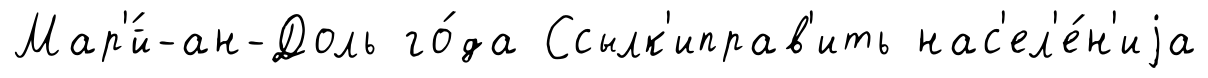
Мар'́й-ан-Доль го́да Ссылк'иправ'ить нас'ел'е́н'иjа